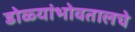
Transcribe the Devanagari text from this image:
डोळ्यांभोवतालचे